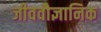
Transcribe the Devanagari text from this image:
जीववौज्ञानिक